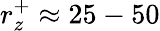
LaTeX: r_{z}^{+}\approx 25-50